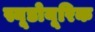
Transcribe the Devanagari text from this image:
स्यूडोयूरिक